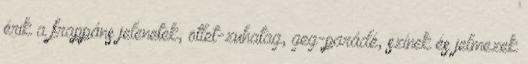
érik a frappáns jelenetek, ötlet-zuhatag, geg-parádé, színek és jelmezek